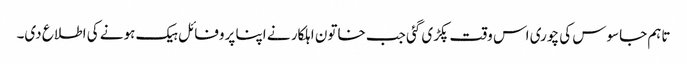
تاہم جاسوس کی چوری اس وقت پکڑی گئی جب خاتون اہلکار نے اپنا پروفائل ہیک ہونے کی اطلاع دی۔